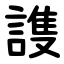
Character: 謢